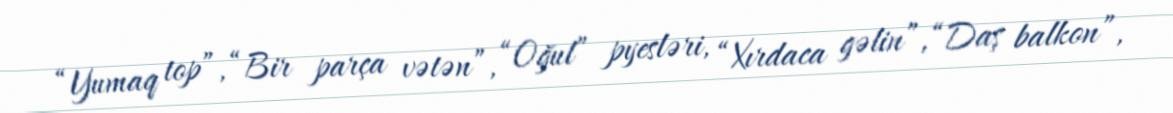
“Yumaq top”, “Bir parça vətən”, “Oğul” pyesləri, “Xırdaca gəlin”, “Daş balkon”,